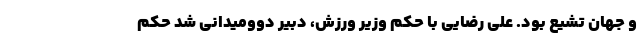
و جهان تشیع بود. علی رضایی با حکم وزیر ورزش، دبیر دوومیدانی شد حکم